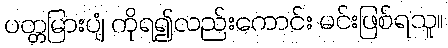
ပတ္တမြားပျံ ကိုရ၍လည်းကောင်း မင်းဖြစ်ရသူ။